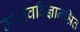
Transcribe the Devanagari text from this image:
मानवविज्ञानश्रित